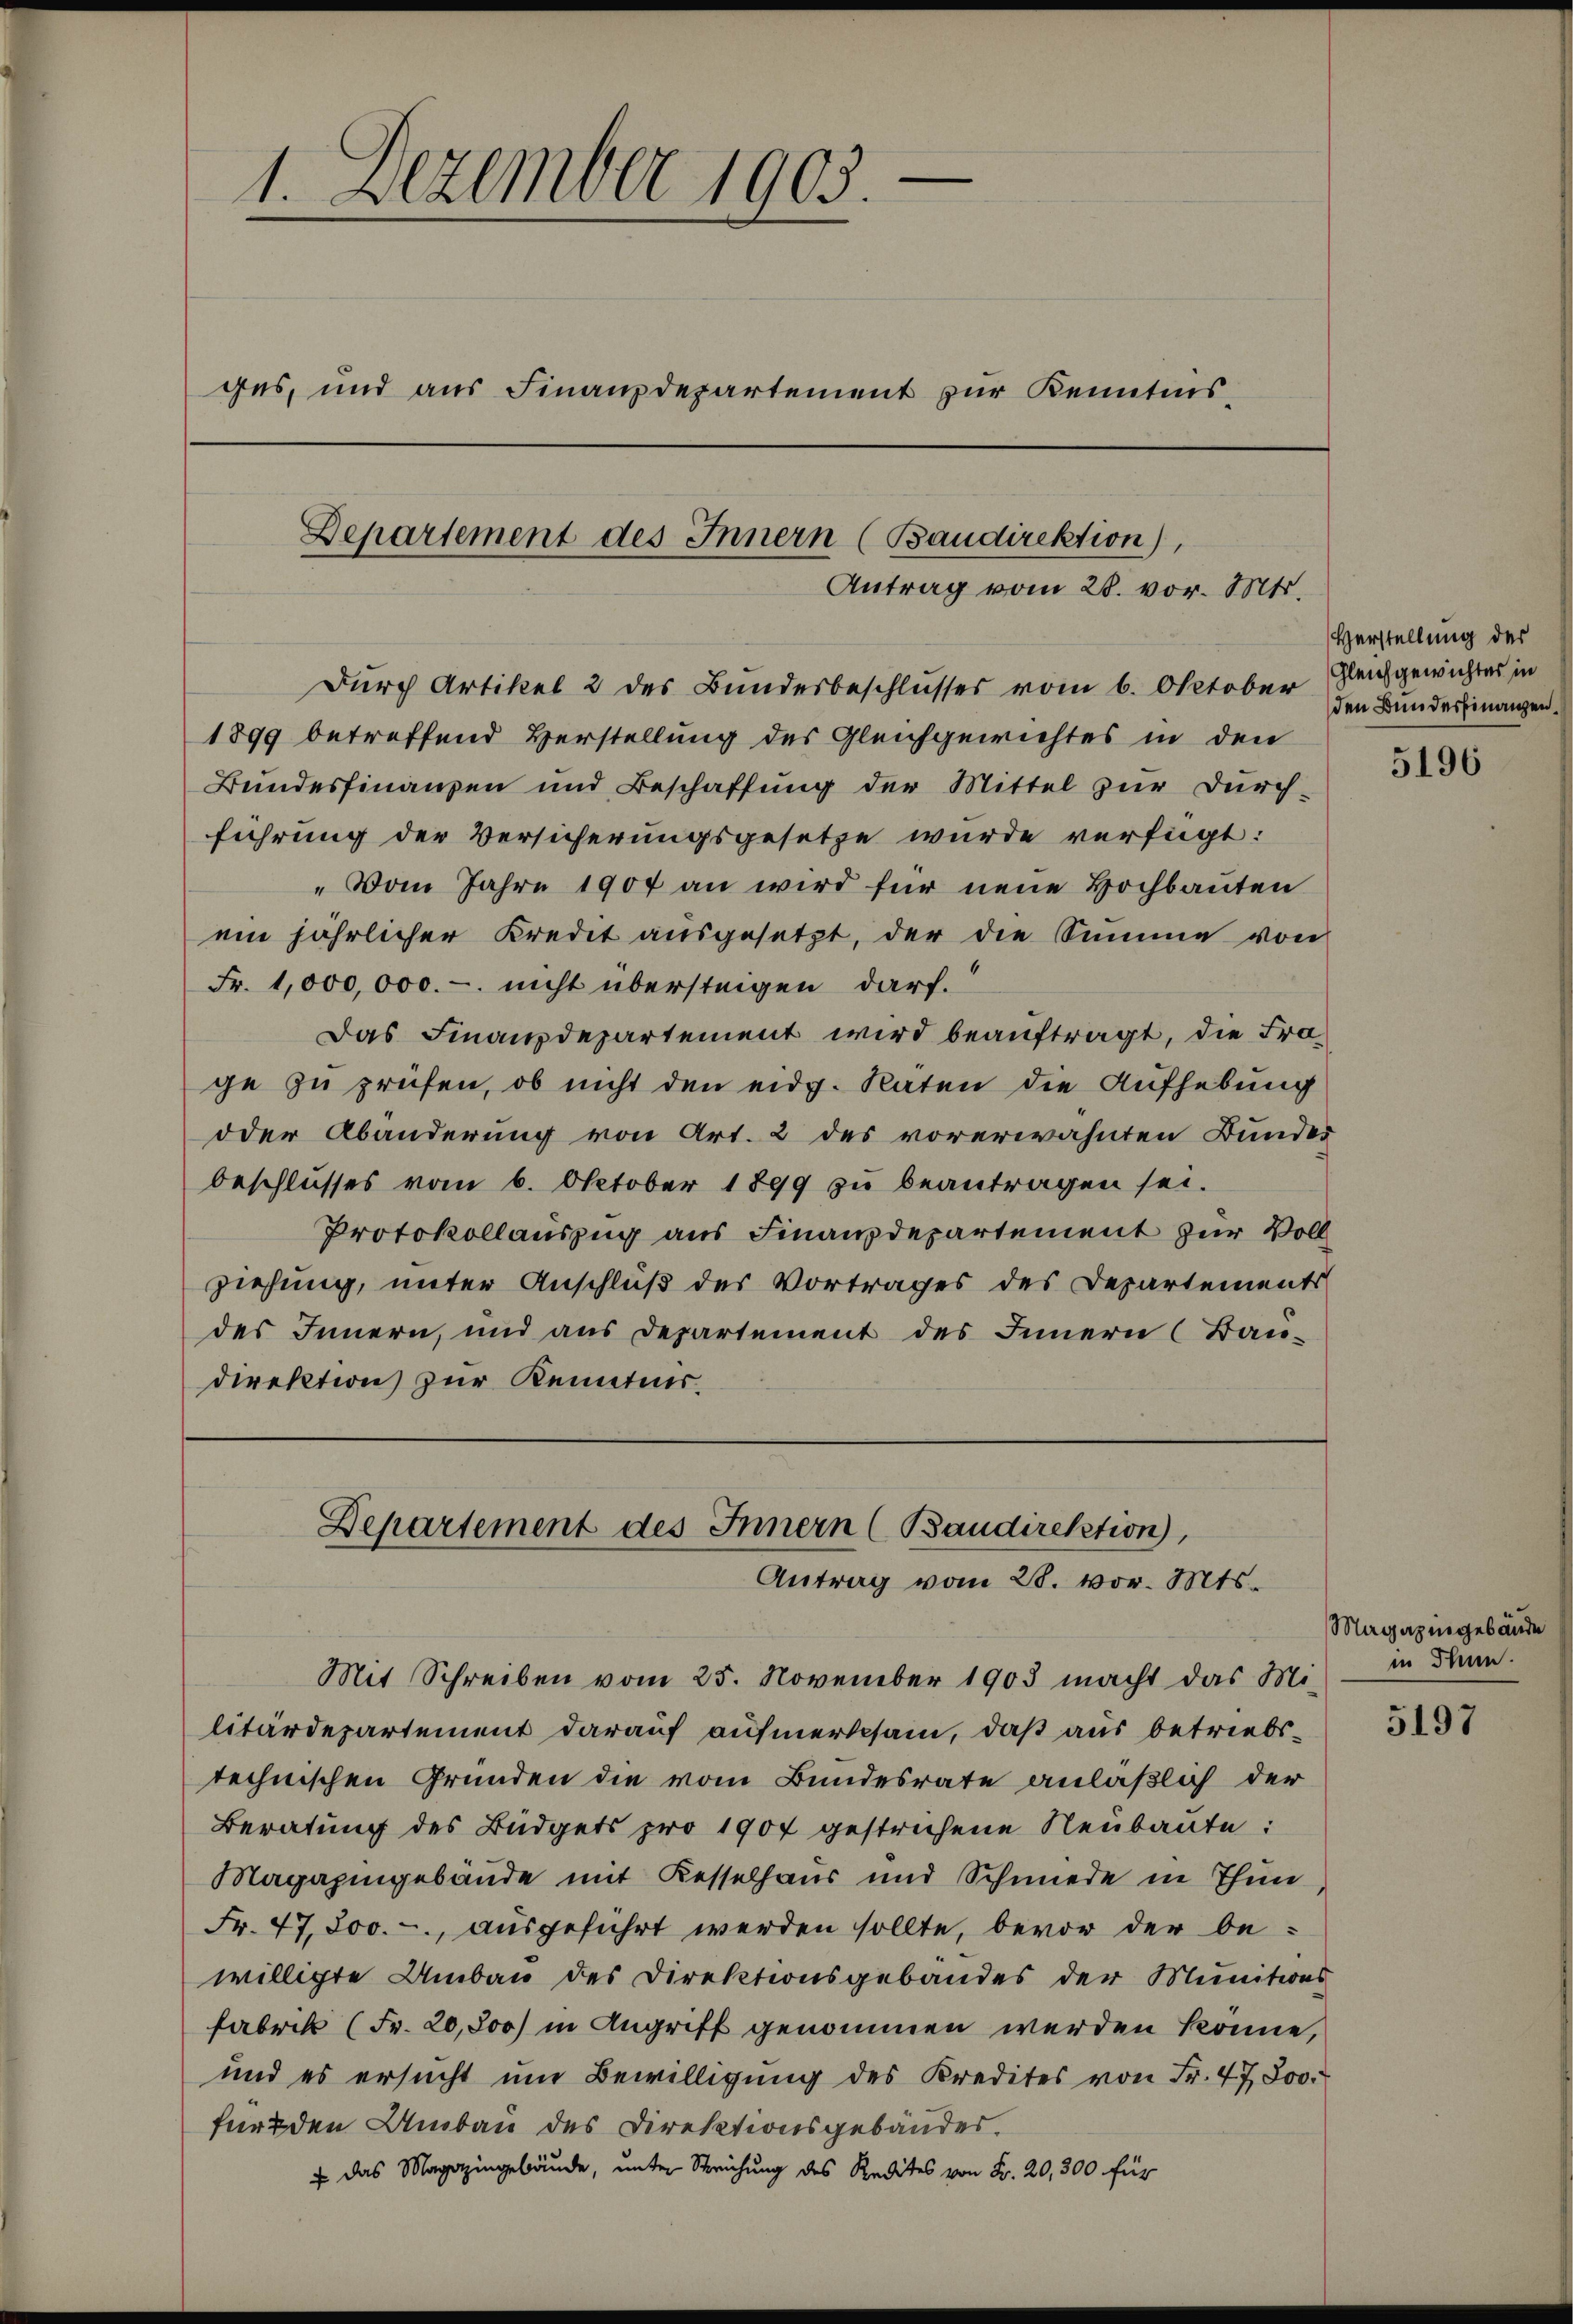
a
1. Dezember 1903.
ges, und aus Finanzdepartement zur Kenntnis,

Departement des Innern (Baudirektion),
Antrag vom 28. vor. Mts.

Durch Artikel 2 des Bundesbeschlusses vom 6. Oktober Gleichgewichters in

1899 betreffend Verstellung des Gleichgewichtes in den
Bundesfinanzen und Beschaffung der Mittel zur Durch-
führung der Versicherungsgesetze wurde verfügt:
„Vom Jahre 1907 an wird für neue Hochbauten
ein jährlicher Kredet ausgesetzt, der die Summe von
Fr. 1,000,000.- nicht überstigen darf.
Das Finanzdepartement wird beauftragt, die Frage zu prüfen, ob nicht den eidg. Raten die Aufhebung
oder Abänderung von Art. 2 des vorerwähnten Bundes
beschlusses vom 6. Oktober 1899 zu beantragen sei.
Protokollauszug aus Finanzdepartement zur Voll
ziehung, unter Anschluß des Vortrages des Departements
des Innern, und aus Departement des Innern (Bau-
direktion zur Kenntnis.

Departement des Innern (Baudirektion,
Antrag vom 28. vor. Mts.

Herstellung der
den Bunderfinanzen.

Mit Schreiben vom 25. November 1903 macht das Mi- in Thun.
litärdepartement darauf aufmerksam, daß aus betriebstechnischen Gründen die vom Bundesrate anläßlich der
Beratung des Büdgets pro 1907 gestrichene Neubaute:
Magazingebäude mit Kesselhaus und Schmiede in Thun
Fr. 47,800.-, ausgeführt werden sollte, bevor der bewilligte Umbau des Direktionsgebäudes der Munitions
Fabrik (Fr. 20,800) in Angriff genommen werden könne,
und es ersucht um Bewilligung des Kredites von Fr. 4700.
für den Umbau des Direktionsgebäudes.
+ das Magazingebäude, unter Streichung des Redites von Fr. 20, 300 für

5196

Magazingebände

5197